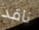
ناقد